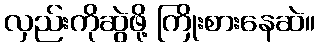
လှည်းကိုဆွဲဖို့ ကြိုးစားနေဆဲ။